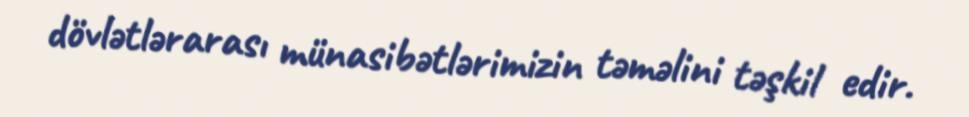
dövlətlərarası münasibətlərimizin təməlini təşkil edir.